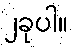
၂ခုပါ။